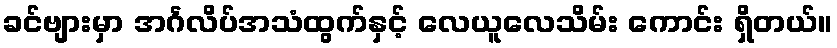
ခင်ဗျားမှာ အင်္ဂလိပ်အသံထွက်နှင့် လေယူလေသိမ်း ကောင်း ရှိတယ်။